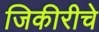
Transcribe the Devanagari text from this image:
जिकीरीचे